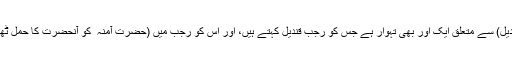
ترکی میں میلاد النبیؐ (میلاد قندیل) سے متعلق ایک اور بھی تہوار ہے جس کو رجب قندیل کہتے ہیں، اور اس کو رجب میں (حضرت آمنہ ؓ کو آنحضرت کا حمل ٹھیرنے کا مہینہ) منایا جاتا ہے۔